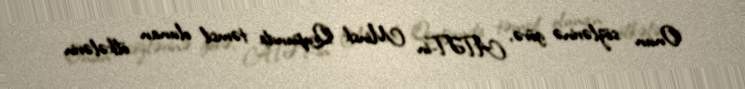
Onun sözlərinə görə, ATƏT-in Minsk Qrupunda təmsil olunan ölkələrin